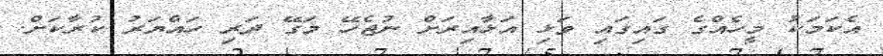
އެކަމަކު މީހެއްގެ ގައިގައި ވަޅި އަޅާއިރަށް ނުޖެހޭ މަގޭ ދަރި ހައްޔަރު ކުރާކަށް.